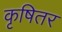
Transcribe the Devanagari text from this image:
कृषितर